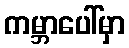
ကမ္ဘာပေါ်မှာ